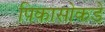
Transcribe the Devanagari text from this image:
पिकासोकडे